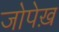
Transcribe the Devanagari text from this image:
जोपेख़